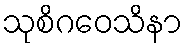
သုစိဂဝေသိနာ